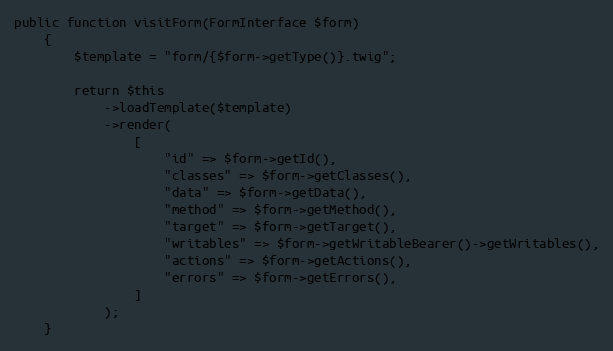
Language: PHP
public function visitForm(FormInterface $form)
    {
        $template = "form/{$form->getType()}.twig";

        return $this
            ->loadTemplate($template)
            ->render(
                [
                    "id" => $form->getId(),
                    "classes" => $form->getClasses(),
                    "data" => $form->getData(),
                    "method" => $form->getMethod(),
                    "target" => $form->getTarget(),
                    "writables" => $form->getWritableBearer()->getWritables(),
                    "actions" => $form->getActions(),
                    "errors" => $form->getErrors(),
                ]
            );
    }